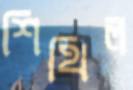
শিথিল